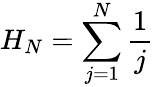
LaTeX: H_{N}=\sum_{j=1}^{N}\frac{1}{j}